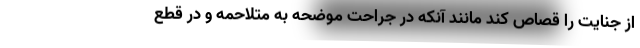
از جنایت را قصاص کند مانند آنکه در جراحت موضحه به متلاحمه و در قطع